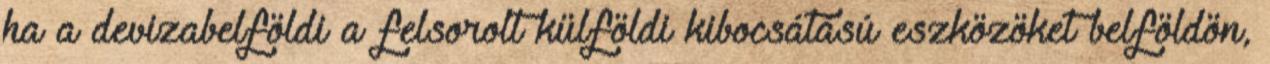
ha a devizabelföldi a felsorolt külföldi kibocsátású eszközöket belföldön,